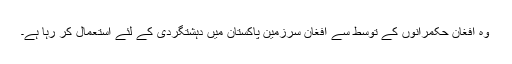
وہ افغان حکمرانوں کے توسط سے افغان سرزمین پاکستان میں دہشتگردی کے لئے استعمال کر رہا ہے۔